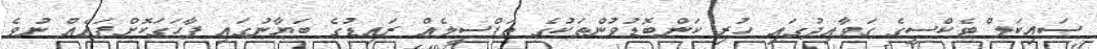
ސައިކަލް ޓެކްސީގެ ގަވާއިދުގައި ހުރި ކަންބޮޑުވުންތަކުގެ ތަފްސީލެއް ރައިޑުގެ ބަޔާނުގައި ފާހަގަކޮށްފައެއް ނުވެ